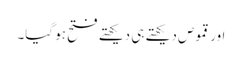
اور قموص دیکھتے ہی دیکھتے فتح ہو گیا۔